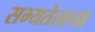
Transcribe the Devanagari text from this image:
सभ्यतेतल्या